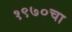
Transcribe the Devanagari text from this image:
१९७०चा